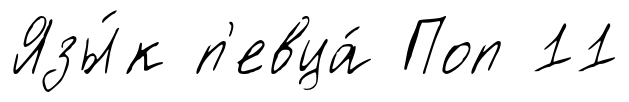
Язы́к п'евца́ Поп 11